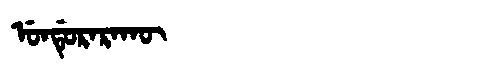
Manchu: ᡠᠨᡩᡠᡵᠠᡵᠠᡴᡡ
Romanization: UNDURARAKŪ